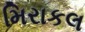
મિરાકલ